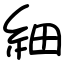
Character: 細